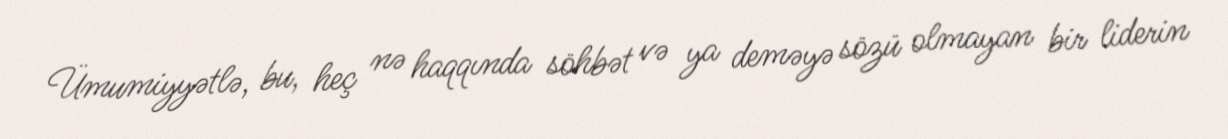
Ümumiyyətlə, bu, heç nə haqqında söhbət və ya deməyə sözü olmayan bir liderin